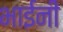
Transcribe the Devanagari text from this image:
भाईनी